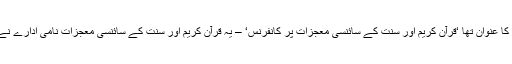
ان میں سب سے نمایاں وہ کانفرنس ہے جو 1987 میں اسلام آباد میں منعقد ہوئی اور جس کا عنوان تھا ‘قرآنِ کریم اور سنت کے سائنسی معجزات پر کانفرنس‘ – یہ قرآنِ کریم اور سنت کے سائنسی معجزات نامی ادارے نے ترتیب دی تھی اور اسے پاکستان کی حکومت نے 20 لاکھ ڈالر کا سرمایہ فراہم کیا تھا ۔